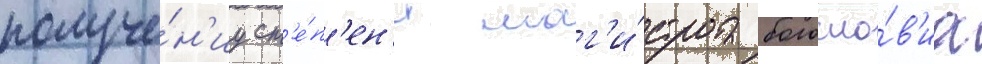
получе́н'иу ст'е́п'ен'и маг'и́стра богосло́в'иа